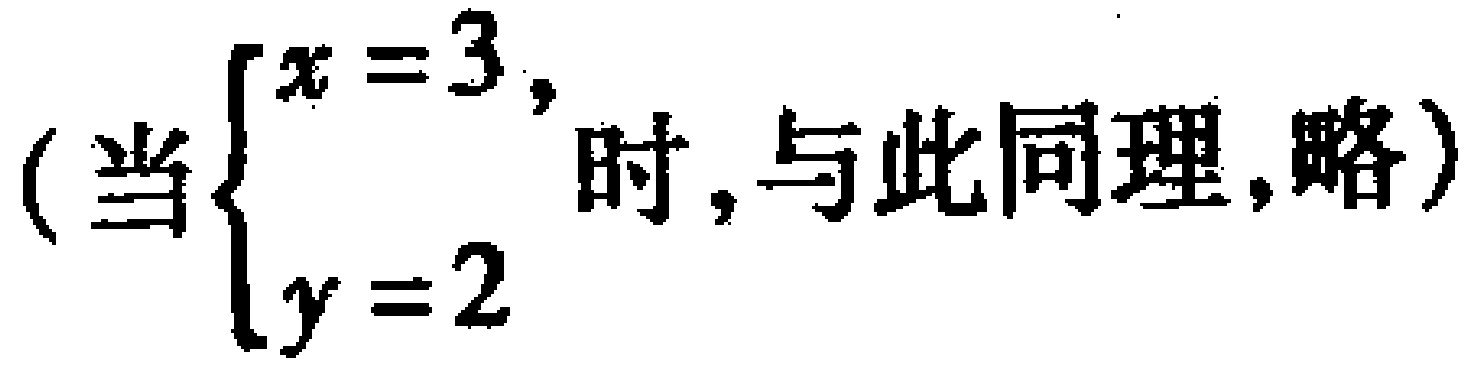
（当$\begin{cases}x = 3,\\y = 2\end{cases}$时, 与此同理,略）